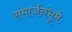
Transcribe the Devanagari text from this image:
संमार्जनंभूमेः